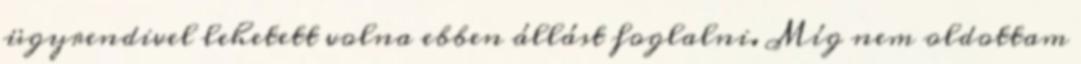
ügyrendivel lehetett volna ebben állást foglalni. Míg nem oldottam